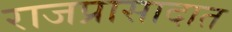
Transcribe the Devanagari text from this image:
राजप्रासादात